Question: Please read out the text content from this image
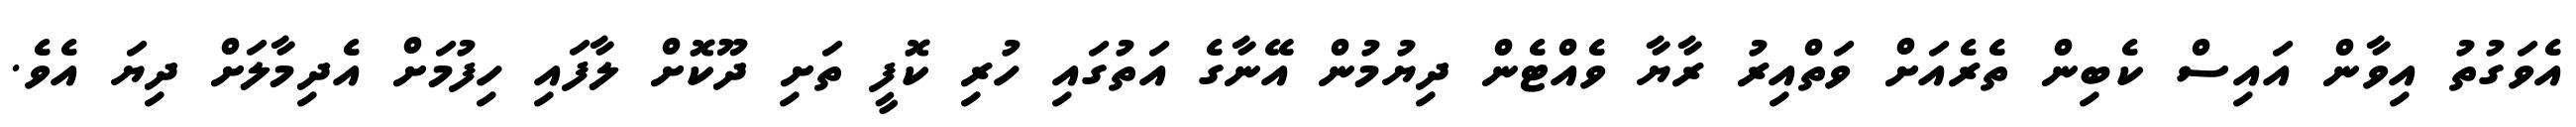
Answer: އެވަގުތު އިވާން އައިސް ކެބިން ތެރެއަށް ވަތްއިރު ރާޔާ ވެއްޓެން ދިޔުމުން އޭނާގެ އަތުގައި ހުރި ކޮފީ ތަށި ދޫކޮށް ލާފައި ހިފުމަށް އެދިމާލަށް ދިޔަ އެވެ.